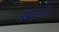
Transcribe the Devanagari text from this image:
ओदन्तपुरी।